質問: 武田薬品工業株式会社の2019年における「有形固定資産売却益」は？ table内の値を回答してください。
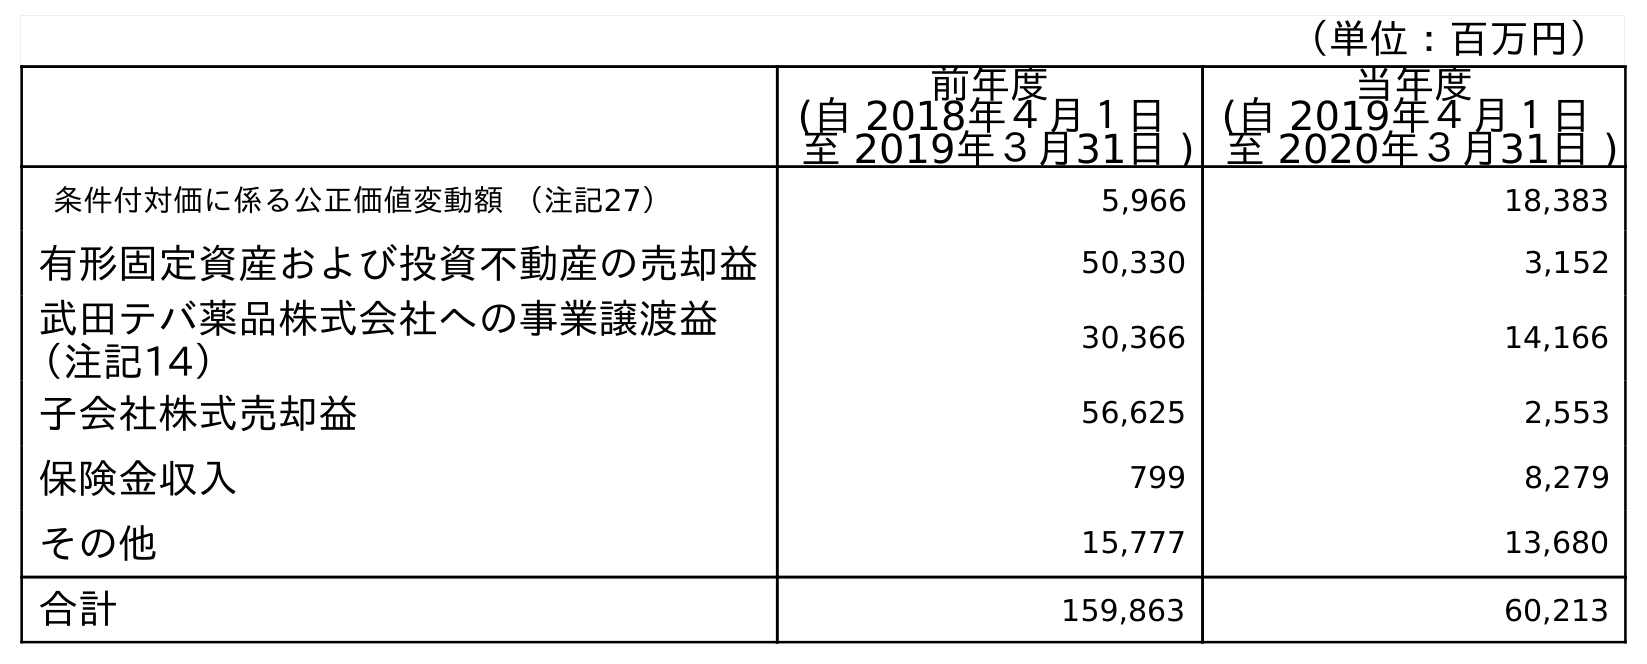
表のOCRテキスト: （単位：百万円） 前年度 (自 2018年４月１日 至 2019年３月31日 ) 当年度 (自 2019年４月１日 至 2020年３月31日 ) 条件付対価に係る公正価値変動額 （注記27） 5,966 18,383 有形固定資産および投資不動産の売却益 50,330 3,152 武田テバ薬品株式会社への事業譲渡益 （注記14） 30,366 14,166 子会社株式売却益 56,625 2,553 保険金収入 799 8,279 その他 15,777 13,680 合計 159,863 60,213
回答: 50,330